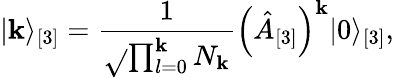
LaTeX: \vert\mathbf{k}\rangle_{[3]}=\frac{{1}}{{\sqrt{}{{\prod_{l=0}^{\mathbf{k}}N_{\mathbf{k}}}}}}\Bigl(\hat{{A}}_{[3]}\Bigr)^{\mathbf{k}}\vert0\rangle_{[3]},